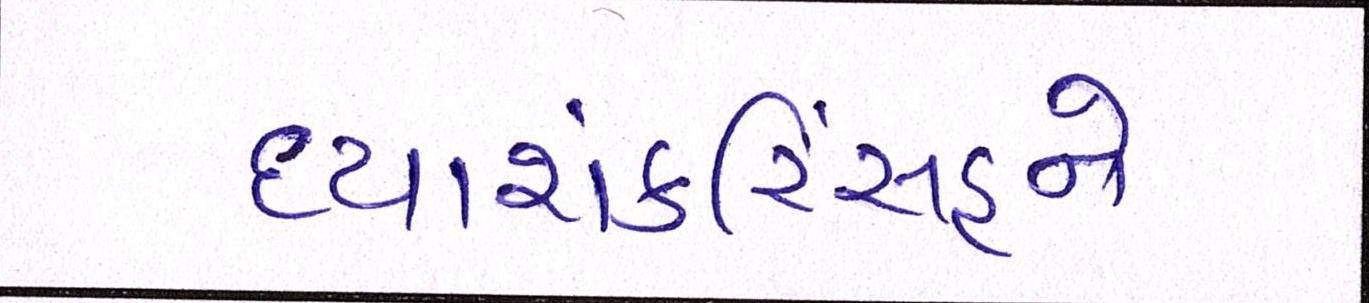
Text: દયાશંકરિંસહને